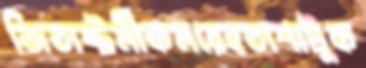
জিতাষ্টমীকমরেহতাশাটুক